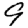
Digit: 9